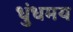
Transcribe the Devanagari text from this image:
धुंधमय